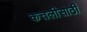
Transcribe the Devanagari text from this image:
कत्तलीसाठी